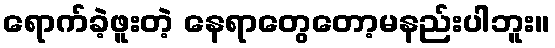
ရောက်ခဲ့ဖူးတဲ့ နေရာတွေတော့မနည်းပါဘူး။